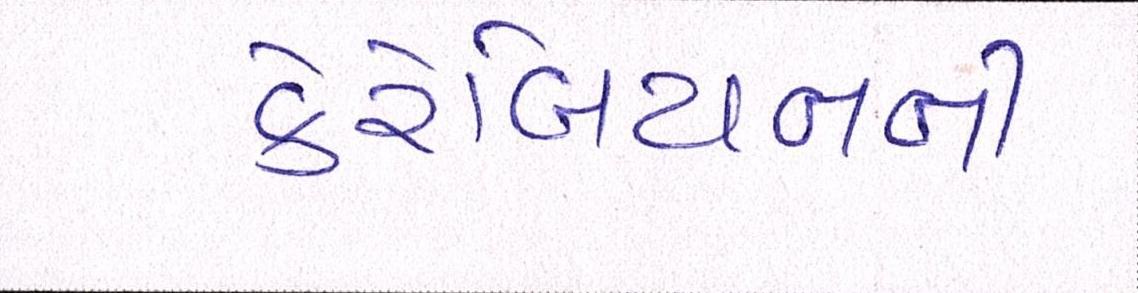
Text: કેરેબિયનની